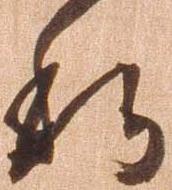
私